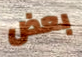
بعض